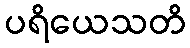
ပရိယေသတိ